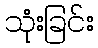
သုံးခြင်း